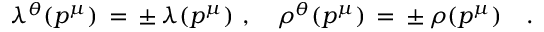
\lambda ^ { \theta } ( p ^ { \mu } ) \, = \, \pm \, \lambda ( p ^ { \mu } ) \, \, , \quad \rho ^ { \theta } ( p ^ { \mu } ) \, = \, \pm \, \rho ( p ^ { \mu } ) \quad .